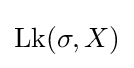
{\textstyle \operatorname {Lk} (\sigma ,X)}